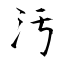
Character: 污